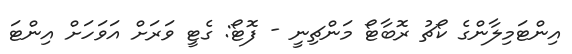
އިންޓަމިލާންގެ ކޯޗު ރޮބާޓޯ މަންޗިނީ - ފޮޓޯ: ގެޓީ ވަރަށް އަވަހަށް އިންޓަ